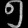
Digit: ၅